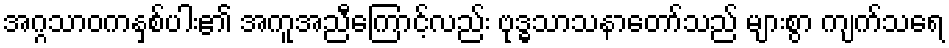
အဂ္ဂသာဝကနှစ်ပါး၏ အကူအညီကြောင့်လည်း ဗုဒ္ဓသာသနာတော်သည် များစွာ ကျက်သရေ